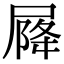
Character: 𡲣